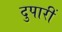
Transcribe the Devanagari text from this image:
दुपारीं